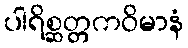
ပါရိစ္ဆတ္တကဝိမာနံ